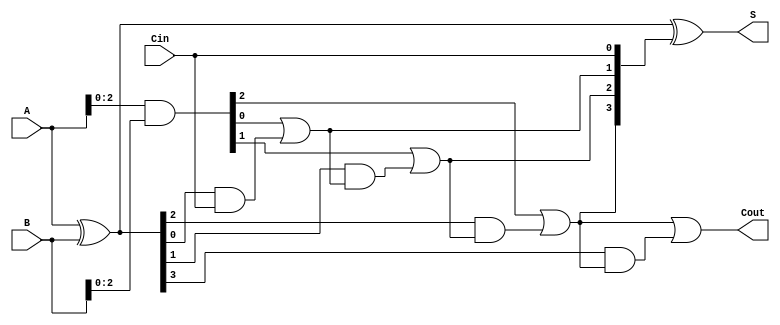
module CarryLookaheadAdder #(parameter n = 4) (
    input  [n-1:0] A,      // First input
    input  [n-1:0] B,      // Second input
    input         Cin,      // Carry-in
    output [n-1:0] S,      // Sum output
    output        Cout      // Carry-out
);

    // Generate and Propagate signals
    wire [n-1:0] G; // Generate signals
    wire [n-1:0] P; // Propagate signals
    wire [n:0] C;   // Carry signals

    // Generate and Propagate calculations
    assign G = A & B;          // G[i] = A[i] & B[i]
    assign P = A ^ B;          // P[i] = A[i] ^ B[i]

    // Carry signals calculations
    assign C[0] = Cin;         // C[0] = Cin
    genvar i;
    generate
        for (i = 0; i < n-1; i = i + 1) begin : carry_calculation
            assign C[i+1] = G[i] | (P[i] & C[i]); // C[i+1] = G[i] + (P[i] * C[i])
        end
    endgenerate
    assign Cout = C[n-1] | (P[n-1] & C[n-1]); // Final carry out

    // Sum calculations
    assign S = P ^ C[n-1:0]; // S[i] = P[i] ^ C[i]

endmodule